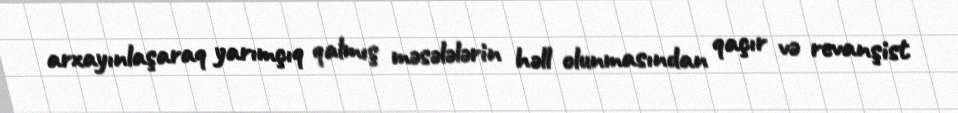
arxayınlaşaraq yarımçıq qalmış məsələlərin həll olunmasından qaçır və revanşist